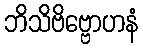
ဘိသိဗိဗ္ဗောဟနံ